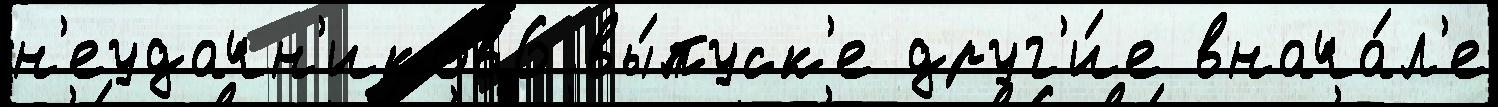
н'еудачн'иков6 вы́пуск'е друг'и́е внача́л'е